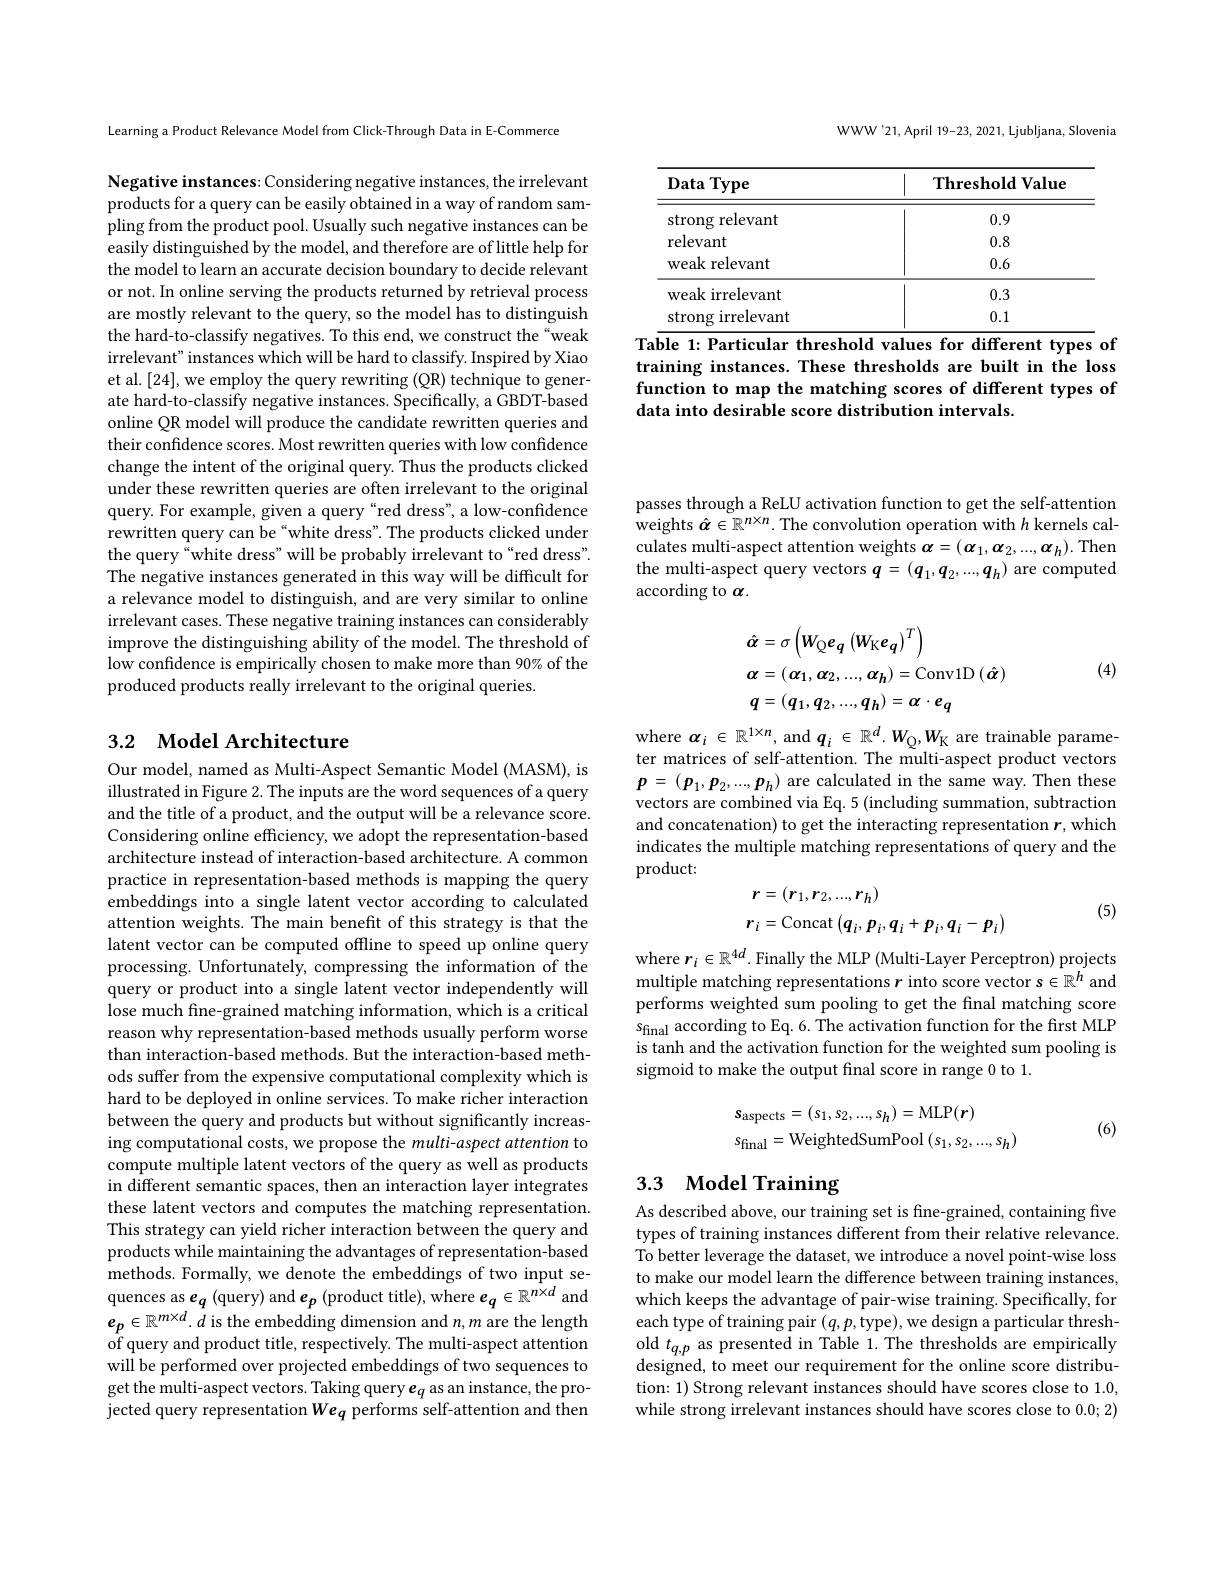
WWW'21,April 19-23, 2021, Ljubljana, Slovenia

<table>
	<tbody>
		<tr>
			<th>Data $1Type$</th>
			<th>Threshold Value</th>
		</tr>
		<tr>
			<td>strong relevant</td>
			<td>0.9</td>
		</tr>
		<tr>
			<td>relevant</td>
			<td>0.8</td>
		</tr>
		<tr>
			<td>weak relevant</td>
			<td>0.6</td>
		</tr>
		<tr>
			<td>weak irrelevant</td>
			<td>0.3</td>
		</tr>
		<tr>
			<td>strong irrelevant</td>
			<td>0.1</td>
		</tr>
	</tbody>
</table>
Table 1: Particular threshold values for different types of

training instances. These thresholds are built in the loss function to map the matching scores of different types of data into desirable score distribution intervals

Learning a Product Relevance Model from Click-Through Data in E-Commerce

Negative instances: Considering negative instances, the irrelevant products for a query can be easily obtained in a way of random sampling from the product pool. Usually such negative instances can be easily distinguished by the model, and therefore are of little help for the model to learn an accurate decision boundary to decide relevant or not. In online serving the products returned by retrieval process are mostly relevant to the query, so the model has to distinguish the hard-to-classify negatives. To this end, we construct the“weak irrelevant" instances which will be hard to classify. Inspired by Xiao et al.[24], we employ the query rewriting (QR) technique to generate hard-to-classify negative instances. Specifically, a GBDT-based online QR model will produce the candidate rewritten queries and their confidence scores. Most rewritten queries with low confidence change the intent of the original query. Thus the products clicked under these rewritten queries are often irrelevant to the original query. For example, given a query“red dress", a low-confidence rewritten query can be “white dress". The products clicked under the query“white dress”will be probably irrelevant to“red dress". The negative instances generated in this way will be difficult for a relevance model to distinguish, and are very similar to online irrelevant cases. These negative training instances can considerably improve the distinguishing ability of the model. The threshold of low confidence is empirically chosen to make more than 90% of the produced products really irrelevant to the original queries.

## 3.2 $\textbf{Model Architecture}$

Our model, named as Multi-Aspect Semantic Model (MASM), is illustrated in Figure 2. The inputs are the word sequences of a query and the title of a product, and the output will be a relevance score. Considering online efficiency, we adopt the representation-based architecture instead of interaction-based architecture. A common practice in representation-based methods is mapping the query embeddings into a single latent vector according to calculated attention weights. The main benefit of this strategy is that the latent vector can be computed offline to speed up online query processing. Unfortunately, compressing the information of the query or product into a single latent vector independently will lose much fine-grained matching information, which is a critical reason why representation-based methods usually perform worse than interaction-based methods. But the interaction-based methods suffer from the expensive computational complexity which is hard to be deployed in online services. To make richer interaction between the query and products but without significantly increasing computational costs, we propose the multi-aspect attention to compute multiple latent vectors of the query as well as products in different semantic spaces, then an interaction layer integrates these latent vectors and computes the matching representation. This strategy can yield richer interaction between the query and products while maintaining the advantages of representation-based methods. Formally, we denote the embeddings of two input sequences as $e_q$ (query) and $e_p$ (product title), where $e_q\in\mathbb{R}^{n\times d}$ and $e_{p}\in\mathbb{R}^{m\times d}.\hat{d}$ is the embedding dimension and $n,m$ are the length of query and product title, respectively. The multi-aspect attention will be performed over projected embeddings of two sequences to get the multi-aspect vectors. Taking query e$_q$ as an instance, the projected query representation $We_q$ performs self-attention and then

passes through a ReLU activation function to get the self-attention weights $\hat{\boldsymbol{\alpha}}\in\mathbb{R}^{n\times n}.$ The convolution operation with $h$ kernels calculates multi-aspect attention weights $\boldsymbol\alpha=(\boldsymbol{\alpha}_1,\boldsymbol{\alpha}_2,...,\boldsymbol{\alpha}_h).$ Then the multi-aspect query vectors $q=(q_1,q_2,...,q_h)$ are computed according to $\alpha.$
$$\begin{aligned}&\hat{\alpha}=\sigma\left(W_{\mathrm{Q}}e_{q}\left(W_{\mathrm{K}}e_{q}\right)^{T}\right)\\&\alpha=(\alpha_{1},\alpha_{2},...,\alpha_{h})=\mathrm{Conv}1\mathrm{D}\left(\hat{\alpha}\right)\\&q=(q_{1},q_{2},...,q_{h})=\alpha\cdot e_{q}\end{aligned}$$
(4)

where $\boldsymbol{\alpha}_i\in\mathbb{R}^{1\times n}$, and $\boldsymbol q_i\in\mathbb{R}^d.\boldsymbol{W}_{\mathrm{Q}},\boldsymbol{W}_{\mathrm{K}}$ are trainable parameter matrices of self-attention. The multi-aspect product vectors $\boldsymbol{p}=(\boldsymbol{p}_{1},\boldsymbol{p}_{2},...,\boldsymbol{p}_{h})$ are calculated in the same way. Then these vectors are combined via Eq. 5 (including summation, subtraction and concatenation) to get the interacting representation $r$,which indicates the multiple matching representations of query and the product:
$$\begin{aligned}&r=(r_{1},r_{2},...,r_{h})\\&r_{i}=\mathrm{Concat}\left(q_{i},p_{i},q_{i}+p_{i},q_{i}-p_{i}\right)\end{aligned}$$
(5)

where $r_i\in\mathbb{R}^{4d}$.Finally the MLP (Multi-Layer Perceptron) projects multiple matching representations $r$ into score vector s$\in\mathbb{R}^h$ and performs weighted sum pooling to get the final matching score $s_{\mathrm{final}}$ according to Eq.6. The activation function for the first MLP is tanh and the activation function for the weighted sum pooling is sigmoid to make the output final score in range 0 to 1.
$$\begin{aligned}&s_{\mathrm{aspects}}=(s_{1},s_{2},...,s_{h})=\mathrm{MLP}(r)\\&s_{\mathrm{final}}=\mathrm{WeightedSumPool}\:(s_{1},s_{2},...,s_{h})\end{aligned}$$
(6)

# 3.3 Model Training

As described above, our training set is fine-grained, containing five types of training instances different from their relative relevance. To better leverage the dataset, we introduce a novel point-wise loss to make our model learn the difference between training instances, which keeps the advantage of pair-wise training. Specifically, for each type of training pair $(q,p$,type), we design a particular thresh- $\begin{array}{l}\mathrm{old~}t_{q,p}\text{ as presented in Table 1. The thresholds are empirically}\\\mathrm{designed,~to~meet~our~requirement~for~the~online~score~distribu-}\end{array}$ tion: 1) Strong relevant instances should have scores close to 1.0, while strong irrelevant instances should have scores close to 0.0; 2)